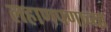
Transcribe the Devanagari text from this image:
लहाणपणाच्या